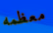
معظمه